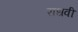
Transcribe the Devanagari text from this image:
राधवी